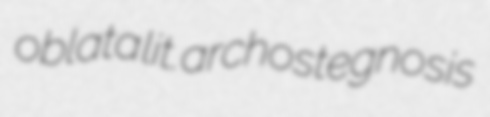
oblata lit. archostegnosis